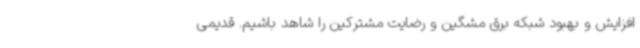
افزایش و بهبود شبکه برق مشگین و رضایت مشترکین را شاهد باشیم. قدیمی